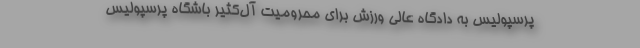
پرسپولیس به دادگاه عالی ورزش برای محرومیت آل‌کثیر باشگاه پرسپولیس